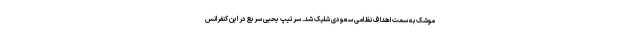
موشک به سمت اهداف نظامی سعودی شلیک شد. سرتیپ یحیی سریع در این کنفرانس